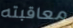
معاقبته